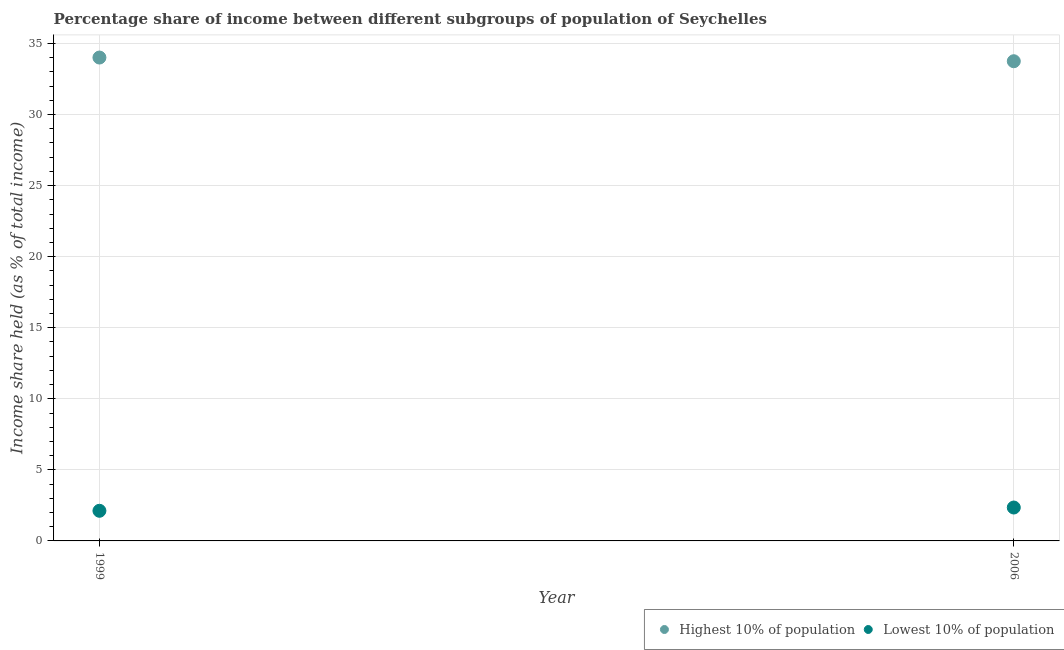
| Year | Highest 10% of population | Lowest 10% of population |
 | --- | --- | --- |
 | 1999 | 34 | 2.12 |
 | 2006 | 33.8 | 2.35 |